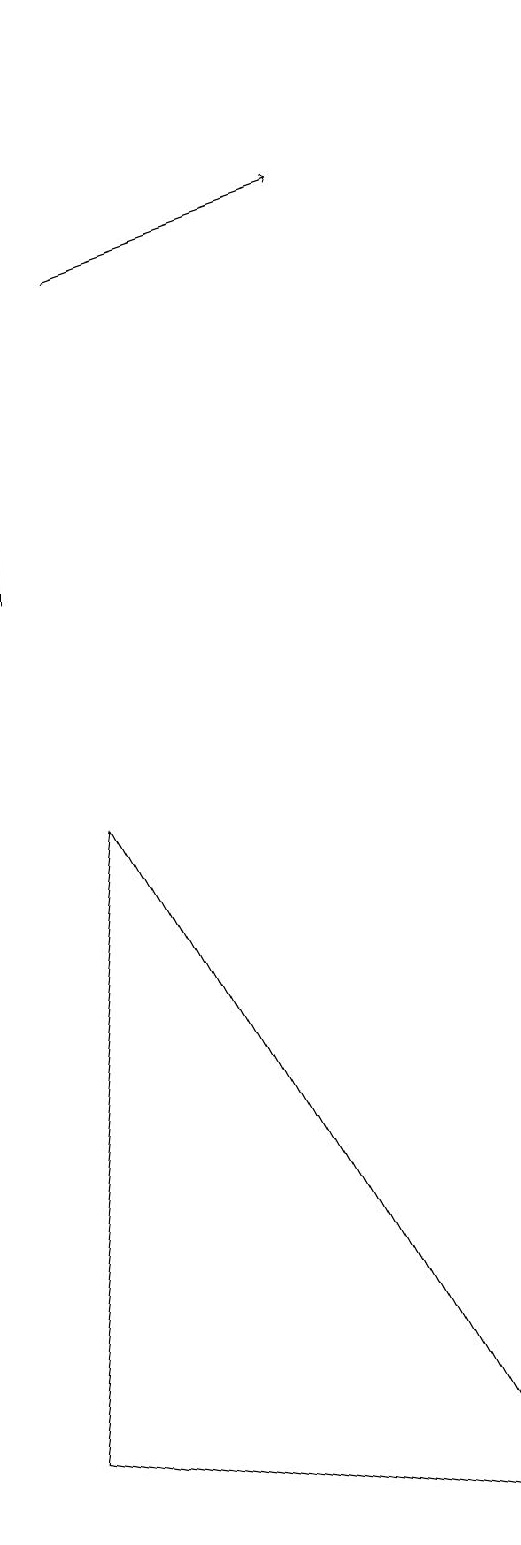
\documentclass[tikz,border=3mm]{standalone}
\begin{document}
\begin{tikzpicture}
\draw (0,12) rectangle (0,19);
\draw (0,1) -- (6,0) -- (1,9) -- cycle;
\draw[->] (1,16) -- (4,17);
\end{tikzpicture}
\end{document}